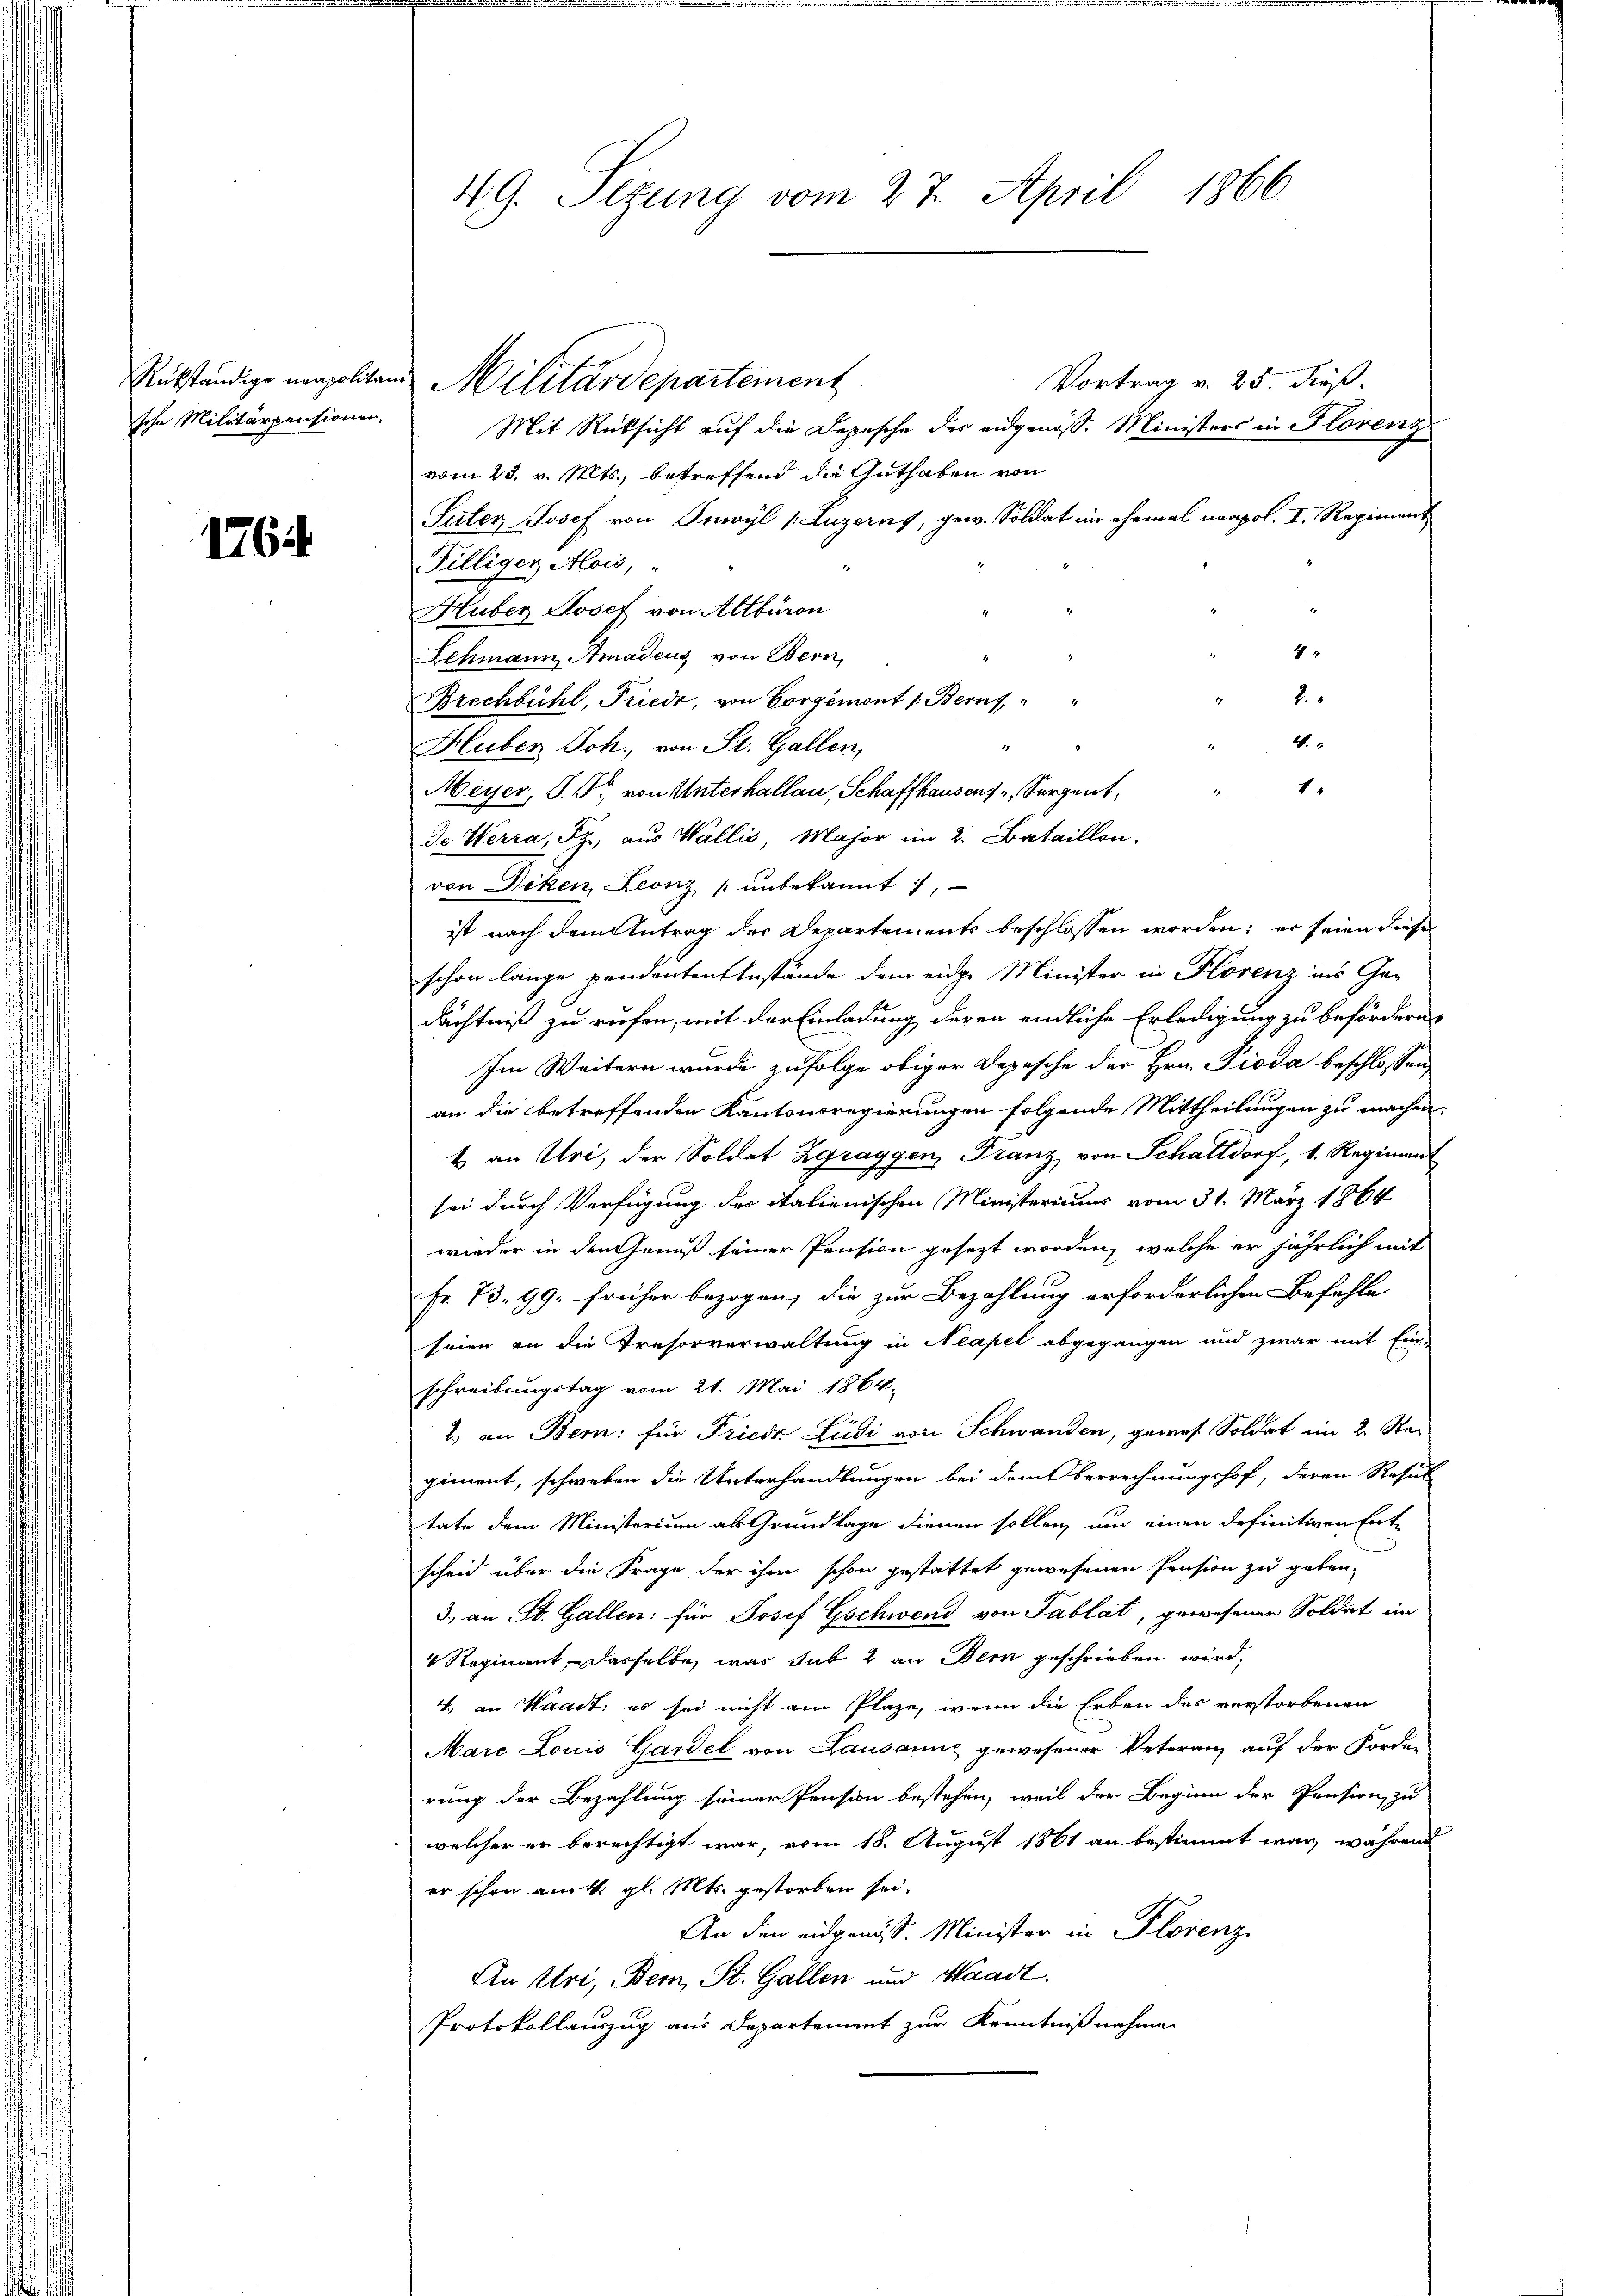
1764

49. Sizung vom 27. April 1866.

Vortrag v. 25. Fuß.
sche Militärpensionen. Mit Rücksicht auf die Depesche der eidgenöss. Ministers in Florenz
vom 23. v. Mts., betreffend die Guthaben von
Suter, Josef von Inwyl (Luzerns, gew. Soldat in ehemal neapol. I. Regiment
Filliger Alois,
Huber Josef von Altburon
4
Lehmann Amadeus von Bern,
2
Brechbühl, Friede, von Vorgemont 1. Beruf,
2.
1
Huber Joh., von St. Gallen,
1.
Meyer, P. F. von Unterhallau, Schaffhausen, Sergent,
de Werra, Sz., aus Wallis, Major im 2. Bataillon.
von Diken, Leonz unbekannt,
ist nach dem Antrag der Departements beschlossen worden; er seien diese
schon lange pendenten Anstände dem eidge Minister in Florenz ins Ge-
dächtniß zu rufen, mit der Einladung deren endliche Erledigung zu befördern
Im Weitern wurde zufolge obiger Depesche der Hrn. Pioda beschlossen,
an die betreffenden Kantonsregierungen folgende Mittheilungen zu machen.
t an Uri, der Soldat Zgraggen, Franz von Schattdorf, 1. Regiment
sei durch Verfügung der italienischen Ministeriums vom 31. März 1864
wieder in den Genuß seiner Pension gesezt worden, welche er jährlich mit
Fr. 73. 99. früher bezogen, die zur Bezahlung erforderlichen Befehle
seien an die Tresorverwaltung in Neapel abgegangen und zwar mit Ein-
schreibungstag vom 21. Mai 1864.
2) an Bern: für Friedt Ludi von Schwanden, gewes. Soldat im 2. Regiment, schweben die Unterhandlungen bei dem Oberrechnungshof, deren Resul-
tate dem Ministerium als Grundlage dienen sollen, um einen definitiven Ent-
scheid über die Frage der ihm schon gestattet gewesenen Pension zu geben,
3., an St. Gallen: für Josef Gschwend von Tablat, gewesener Soldat im
4 Regiment, dasselbe, was sub 2 an Bern geschrieben wird,
4. an Waadt, es sei nicht am Plaze, wenn die Erben des verstorbenen
Marc Louis Gardel von Lausanne gewesener Veteranz auf der Forde-
rung der Bezahlung seiner Pension bestehen, weil der Beginn der Pension zu
welcher er berechtigt war, vom 18. August 1861 an bestimmt war, während
er schon am 4. gl. Mts. gestorben sei.
An den eidgenöss. Minister in Florenz
An Uri, Bern, St. Gallen und Waadt.
Protokollauszug aus Departement zur Kenntnißnahme

Rükständige neapolitand Militärdepartement